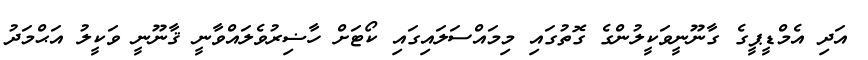
އަދި އެމްޑީޕީގެ ގާނޫނީވަކީލުންގެ ގޮތުގައި މިމައްސަލައިގައި ކޯޓަށް ހާޟިރުވެލައްވާނީ ޤާނޫނީ ވަކީލު އަޙްމަދު